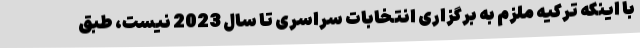
با اینکه ترکیه ملزم به برگزاری انتخابات سراسری تا سال 2023 نیست، طبق